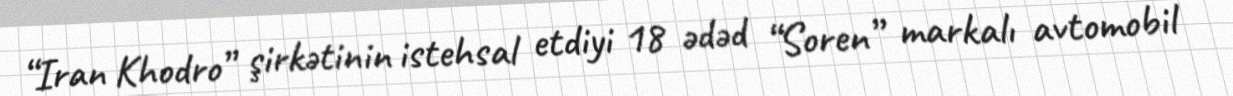
“Iran Khodro” şirkətinin istehsal etdiyi 18 ədəd “Soren” markalı avtomobil